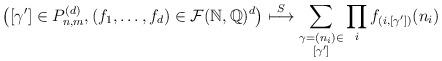
LaTeX: \begin{align*} \big( [\gamma'] \in P_{n,m}^{(d)}, (f_{1},\ldots,f_{d}) \in \mathcal{F}(\mathbb{N},\mathbb{Q})^{d} \big)\overset{S}{\longmapsto} \sum_{\substack{\gamma=(n_{i}) \in \\ [\gamma']}}\prod_{i} f_{(i,[\gamma'])}(n_{i}) \end{align*}